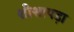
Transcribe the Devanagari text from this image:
शीशापड़ा